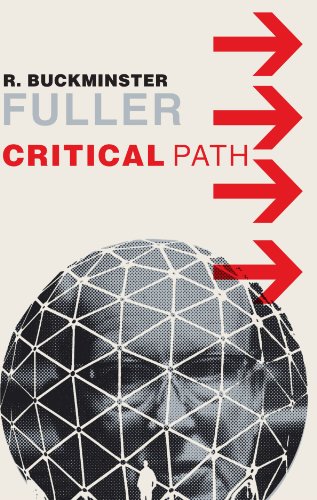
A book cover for Critical Path; R. Buckminster Fuller; Science & Math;